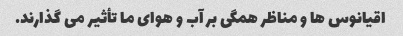
اقیانوس ها و مناظر همگی بر آب و هوای ما تأثیر می گذارند.